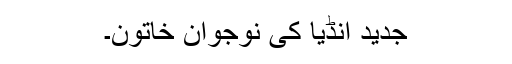
جدید انڈیا کی نوجوان خاتون۔